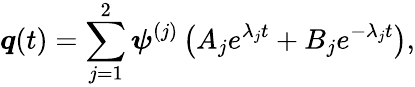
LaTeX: \boldsymbol{q}(t)=\sum_{j=1}^{2}\boldsymbol{\psi}^{(j)}\left(A_{j}e^{\lambda_{j}t}+B_{j}e^{-\lambda_{j}t}\right),